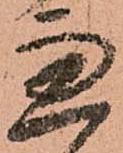
兼